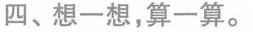
四、想一想，算一算。